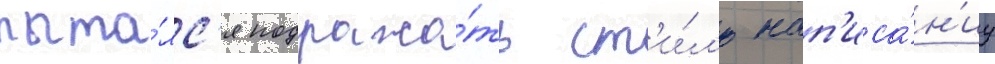
пыта́лс'я подража́ть ст'и́л'ю нап'иса́н'иу